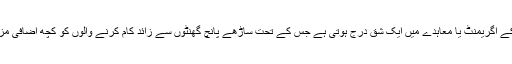
اگرچہ ان کے کام کے اگریمنٹ یا معاہدے میں ایک شق درج ہوتی ہے جس کے تحت ساڑھے پانچ گھنٹوں سے زائد کام کرنے والوں کو کچھ اضافی مزدوری ملنی چاہئے۔